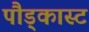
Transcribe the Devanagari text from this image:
पौड्कास्ट